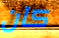
كان